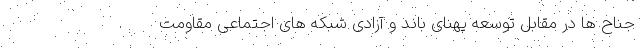
جناح ها در مقابل توسعه پهنای باند و آزادی شبکه های اجتماعی مقاومت